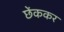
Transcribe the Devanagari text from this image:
छेंककर